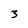
Character: 3